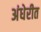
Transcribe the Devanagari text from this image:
अंधेरीत